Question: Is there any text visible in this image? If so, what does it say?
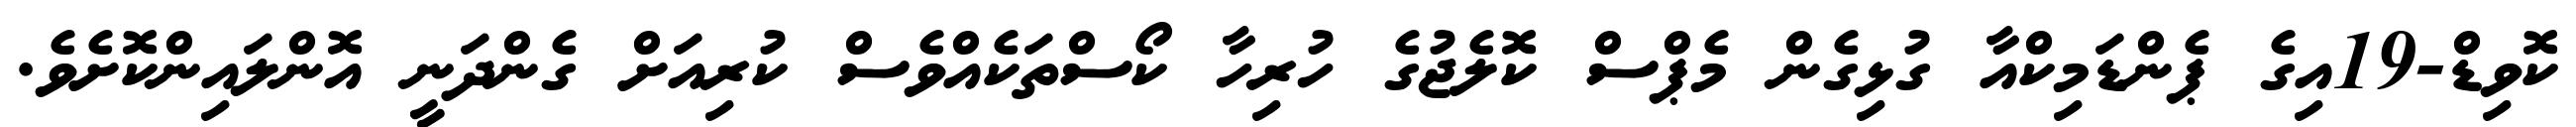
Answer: ކޮވިޑް-19އިގެ ޕެންޑަމިކްއާ ގުޅިގެން މެޕްސް ކޮލެޖުގެ ހުރިހާ ކޯސްތަކެއްވެސް ކުރިއަށް ގެންދަނީ އޮންލައިންކޮށެވެ.